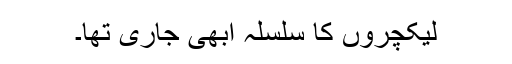
لیکچروں کا سلسلہ ابھی جاری تھا۔